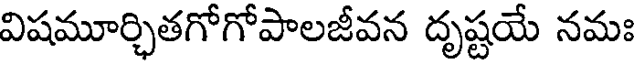
విషమూర్చితగోగోపాలజీవన దృష్టయే నమః